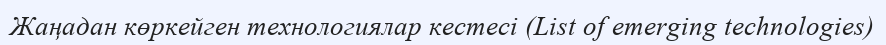
Жаңадан көркейген технологиялар кестесі (List of emerging technologies)